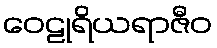
ဝေဠုရိယရာဇီဝ